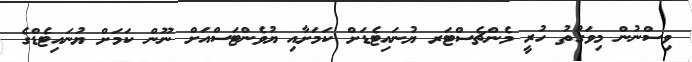
ވިސްނުން މިވަގުތު ހުރީ މެންޗެސްޓަރ ޔުނައިޓެޑަށް ކަމަށާއި ޔުވެންޓަސްއަށް ނޫން ކަމަށް ޔުނައިޓެޑްގެ